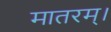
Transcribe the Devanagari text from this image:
मातरम्‌।